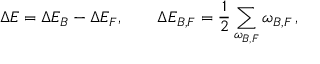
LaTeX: \Delta E = \Delta E _ { B } - \Delta E _ { F } , \qquad \Delta E _ { B , F } = \frac 1 2 \sum _ { \omega _ { B , F } } \omega _ { B , F } \, ,